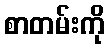
စာတမ်းကို